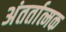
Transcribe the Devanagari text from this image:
अंतर्तात्मक